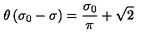
\theta \left( \sigma _ { 0 } - \sigma \right) = \frac { \sigma _ { 0 } } { \pi } + \sqrt { 2 }